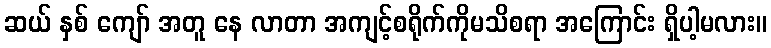
ဆယ် နှစ် ကျော် အတူ နေ လာတာ အကျင့်စရိုက်ကိုမသိစရာ အကြောင်း ရှိပါ့မလား။